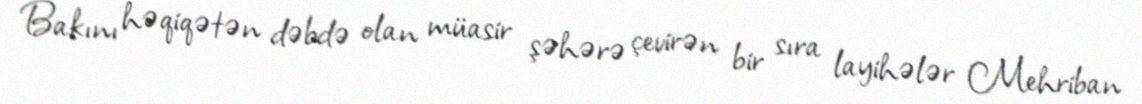
Bakını həqiqətən dəbdə olan müasir şəhərə çevirən bir sıra layihələr Mehriban